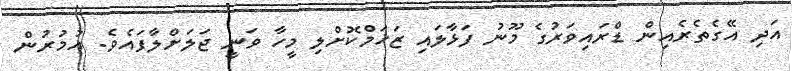
އަދި އޭގެތެރެއިން ޑްރައިވަރުގެ މޫނު ފަޅާލައި ޒަޚަމްކޮށްލި މީހާ ވަނީ ޖަލަށްލާފައެވެ. އުމުރުން